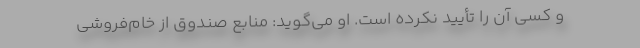
و كسی آن را تأیید نكرده است. ‌او می‌گوید: منابع صندوق از خام‌فروشی